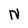
Character: N